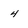
Character: 4